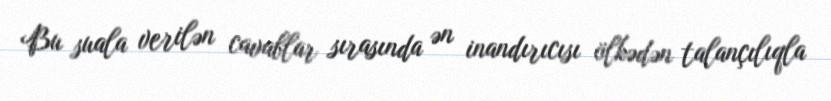
Bu suala verilən cavablar sırasında ən inandırıcısı ölkədən talançılıqla